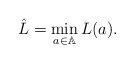
\begin{align*}\hat{L}=\min\limits_{a\in\mathbb{A}}L(a).\end{align*}